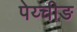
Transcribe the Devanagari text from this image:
पेय्चीङ